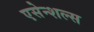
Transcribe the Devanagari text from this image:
एसेन्शल्स